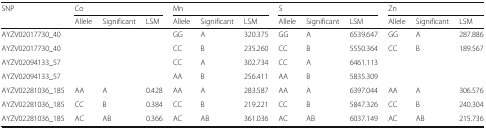
| <ROWSPAN=2> SNP | <COLSPAN=3> Co | <COLSPAN=3> Mn | <COLSPAN=3> S | <COLSPAN=3> Zn |
 | Allele | Significant | LSM | Allele | Significant | LSM | Allele | Significant | LSM | Allele | Significant | LSM |
 | --- | --- | --- | --- | --- | --- | --- | --- | --- | --- | --- | --- | --- |
 | AYZV02017730_40 |  |  |  | GG | A | 320.375 | GG | A | 6539.647 | GG | A | 287.886 |
 | AYZV02017730_40 |  |  |  | CC | B | 235.260 | CC | B | 5550.364 | CC | B | 189.567 |
 | AYZV02094133_57 |  |  |  | CC | A | 302.734 | CC | A | 6461.113 |  |  |  |
 | AYZV02094133_57 |  |  |  | AA | B | 256.411 | AA | B | 5835.309 |  |  |  |
 | AYZV02281036_185 | AA | A | 0.428 | AA | A | 283.587 | AA | A | 6397.044 | AA | A | 306.576 |
 | AYZV02281036_185 | CC | B | 0.384 | CC | B | 219.221 | CC | B | 5847.326 | CC | B | 240.304 |
 | AYZV02281036_185 | AC | AB | 0.366 | AC | AB | 361.036 | AC | AB | 6037.149 | AC | AB | 215.736 |